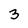
Character: 3